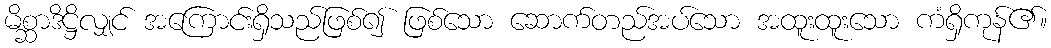
မိစ္ဆာဒိဋ္ဌိလျှင် အကြောင်းရှိသည်ဖြစ်၍ ဖြစ်သော ဆောက်တည်အပ်သော အထူးထူးသော ကံရှိကုန်၏။